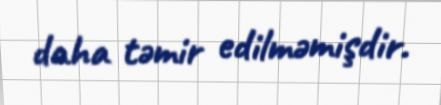
daha təmir edilməmişdir.